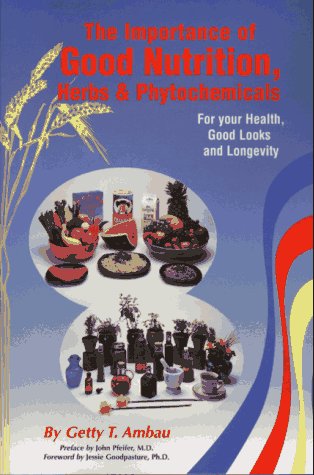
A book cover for The Importance of Good Nutrition, Herbs and Phytochemicals: For Your Health, Good Looks, and Longevity; Getty T. Ambau; Health, Fitness & Dieting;